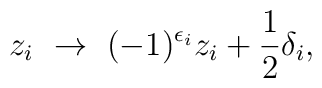
z_i~\rightarrow~(-1)^{\epsilon_i}z_i+{1\over 2}\delta_i,